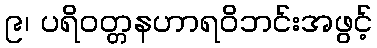
၉၊ ပရိဝတ္တနဟာရဝိဘင်းအဖွင့်